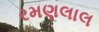
રમણલાલ